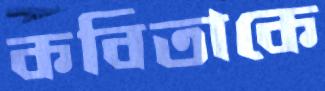
কবিতাকে